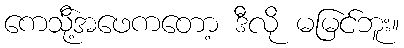
ကေသို့်အဖေကတော့ ဒီလို မမြင်ဘူး။